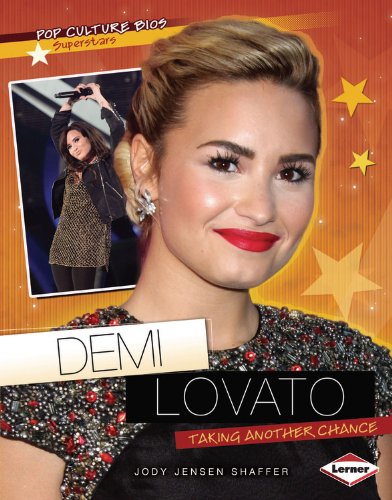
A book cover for Demi Lovato: Taking Another Chance (Pop Culture Bios: Superstars); Jody Jensen Shaffer; Children's Books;